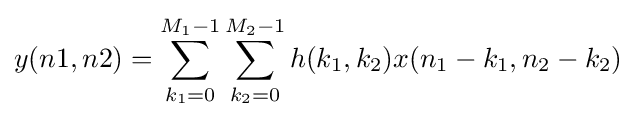
y(n1,n2)=\sum _{k_{1}=0}^{M_{1}-1}\sum _{k_{2}=0}^{M_{2}-1}{h(k_{1},k_{2})x(n_{1}-k_{1},n_{2}-k_{2})}